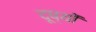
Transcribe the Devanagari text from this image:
दूष्यों